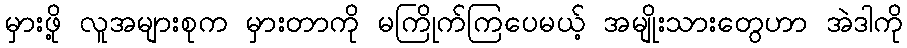
မှားဖို့ လူအများစုက မှားတာကို မကြိုက်ကြပေမယ့် အမျိုးသားတွေဟာ အဲဒါကို